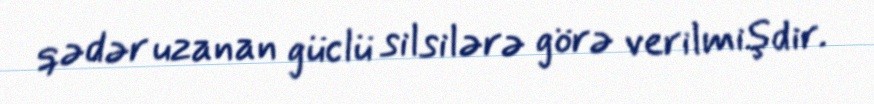
qədər uzanan güclü silsilərə görə verilmişdir.